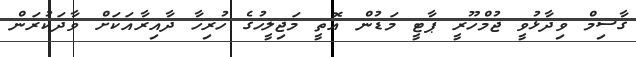
ގާސިމް ވިދާޅުވީ ޖުމްހޫރީ ޕާޓީ މަޑުން އޮތީ މަޖިލީހުގެ ހުރިހާ ދާއިރާއަކަށް ވާދަކުރަން